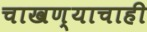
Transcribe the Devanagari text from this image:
चाखण्याचाही